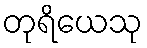
တုရိယေသု